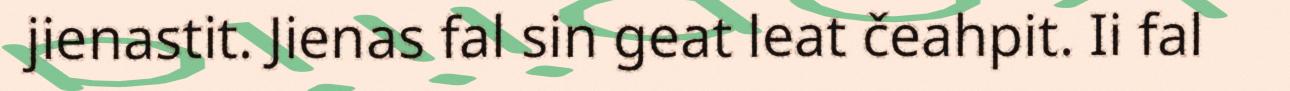
jienastit. Jienas fal sin geat leat čeahpit. Ii fal